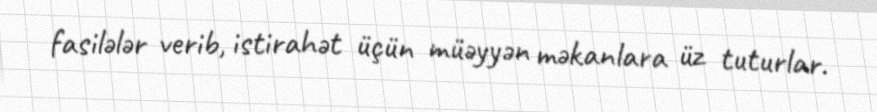
fasilələr verib, istirahət üçün müəyyən məkanlara üz tuturlar.